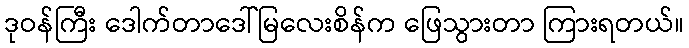
ဒုဝန်ကြီး ဒေါက်တာဒေါ်မြလေးစိန်က ဖြေသွားတာ ကြားရတယ်။